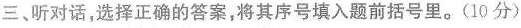
三、听对话,选择正确的答案,将其序号填入题前括号里。(10分)